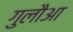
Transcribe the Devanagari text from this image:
गुलौआ